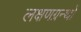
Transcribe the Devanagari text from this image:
लक्षणग्रन्थों